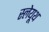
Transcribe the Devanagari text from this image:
स्लेयूथ